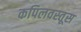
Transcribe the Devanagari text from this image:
कपिलवस्तूस